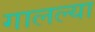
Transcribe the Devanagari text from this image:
गालल्या